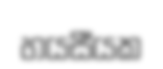
හයසීයක